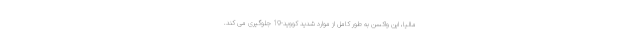
مالیا، این واکسن به طور کامل از موارد شدید کووید-19 جلوگیری می کند.